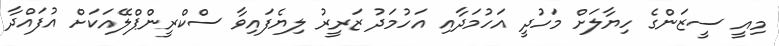
މިއީ ސީޒަންގެ ހިޔާލަށް މަހުދީ އަހުމަދާއި އަހުމަދު ޒަރީރު ލިޔެފައިވާ ސްކްރީންޕްލޭއަކަށް އުފައްދާ